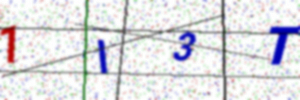
Text: 1I3T